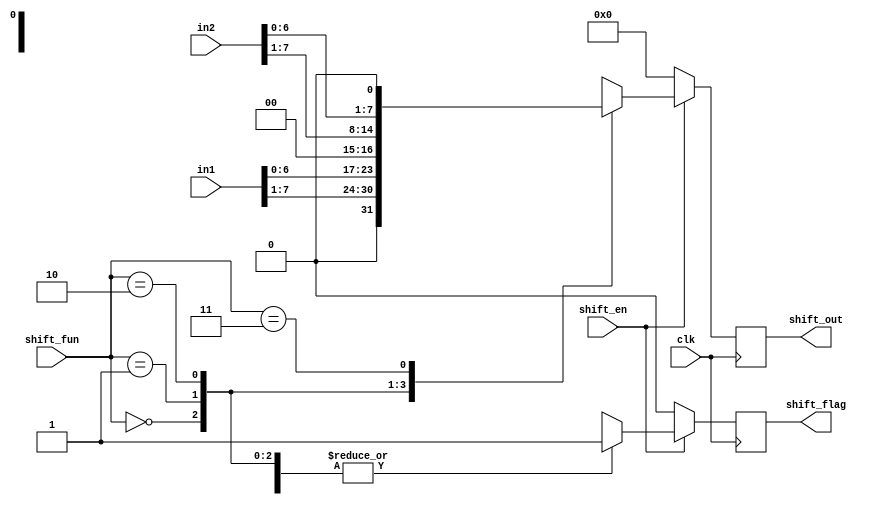
module SHIFT_UNIT #(
  parameter DATA_WIDTH = 8
  ) (
  input wire [DATA_WIDTH - 1 : 0]        in1,
  input wire [DATA_WIDTH - 1 : 0]        in2,
  input wire                            clk,
  input wire [1:0]                      shift_fun,
  input wire                            shift_en,
  output reg [DATA_WIDTH - 1 : 0]  shift_out,
  output reg                            shift_flag
  );
  
  reg [DATA_WIDTH - 1 : 0] shift_out_comb;
  reg shift_flag_comb;
  
  always @(posedge clk)
    begin
      shift_out <= shift_out_comb;
      shift_flag <= shift_flag_comb;      
    end
  
  always @(*)
    begin
      shift_out_comb = 'b0;
      shift_flag_comb = 1'b0;
      if (shift_en)
        begin
          case (shift_fun)
            2'b00: 
            begin
              shift_out_comb = in1 >> 1'b1;
              shift_flag_comb = 1'b1;
            end
            
            2'b01:
            begin
              shift_out_comb = in1 << 1'b1;
              shift_flag_comb = 1'b1;
            end
          
            2'b10:
            begin
              shift_out_comb = in2 >> 1'b1;
              shift_flag_comb = 1'b1;
            end
          
            2'b11:
            begin
              shift_out_comb = in2 << 1'b1;
              shift_flag_comb = 1'b1;
            end
          
            default:
            begin
              shift_out_comb = 'b0;
              shift_flag_comb = 1'b0;
            end
          
          endcase
        end
      else
        begin
          shift_out_comb = 'b0;
          shift_flag_comb = 1'b0;
        end  
    end
  
endmodule